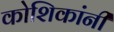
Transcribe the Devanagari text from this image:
कोशिकांनी